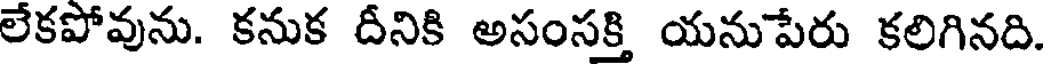
లేకపోవును. కనుక దీనికి అసంసక్తి యనుపేరు కలిగినది.